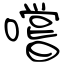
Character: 嚐